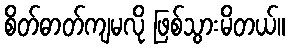
စိတ်ဓာတ်ကျမလို ဖြစ်သွားမိတယ်။